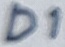
Text: D1